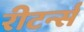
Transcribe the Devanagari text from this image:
रीटर्न्स